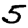
Digit: 5